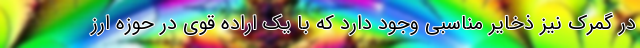
در گمرک نیز ذخایر مناسبی وجود دارد که با یک اراده قوی در حوزه ارز